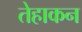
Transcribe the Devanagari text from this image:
तेहाकन